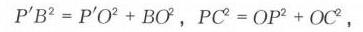
$P'B^{2}=P'O^{2}+BO^{2},\ PC^{2}=OP^{2}+OC^{2},$